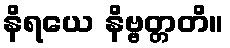
နိရယေ နိဗ္ဗတ္တတိ။